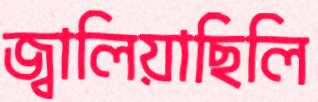
জ্বালিয়াছিলি